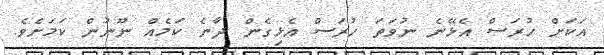
އަކަށް ހުރަސް އެޅޭނެ ނުވަތަ ހުރަސް އެޅިގެން ދާނެ ކަމެއް ނޫނުން ކަމަށެވެ.